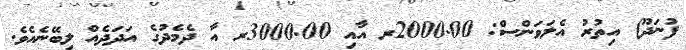
ފުނަދޫ) އިތުރު އެލަވަންސް: 2000.00ރ އާއި 3000.00ރ އާ ދެމެދުގެ އަދަދެއް ލިބޭނެއެވެ.